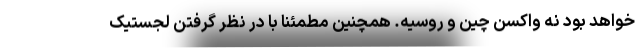
خواهد بود نه واکسن چین و روسیه. همچنین مطمئنا با در نظر گرفتن لجستیک